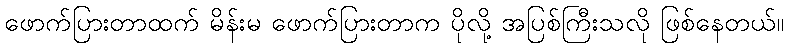
ဖောက်ပြားတာထက် မိန်းမ ဖောက်ပြားတာက ပိုလို့ အပြစ်ကြီးသလို ဖြစ်နေတယ်။